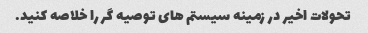
تحولات اخیر در زمینه سیستم های توصیه گر را خلاصه کنید.